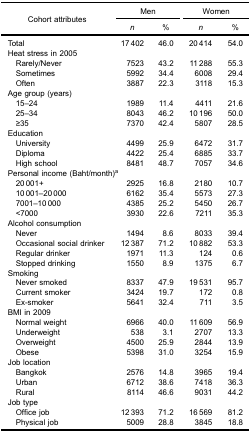
<table><thead><tr><td rowspan="3"><b>Cohort attributes</b></td><td colspan="2"><b>Men</b></td><td colspan="2"><b>Women</b></td></tr><tr><td><b><i>n</i></b></td><td><b>%</b></td><td><b><i>n</i></b></td><td><b>%</b></td></tr></thead><tbody><tr><td>Total</td><td>17 402</td><td>46.0</td><td>20 414</td><td>54.0</td></tr><tr><td>Heat stress in 2005</td><td> </td><td> </td><td> </td><td> </td></tr><tr><td> Rarely/Never</td><td>7523</td><td>43.2</td><td>11 288</td><td>55.3</td></tr><tr><td> Sometimes</td><td>5992</td><td>34.4</td><td>6008</td><td>29.4</td></tr><tr><td> Often</td><td>3887</td><td>22.3</td><td>3118</td><td>15.3</td></tr><tr><td>Age group (years)</td><td> </td><td> </td><td> </td><td> </td></tr><tr><td> 15–24</td><td>1989</td><td>11.4</td><td>4411</td><td>21.6</td></tr><tr><td> 25–34</td><td>8043</td><td>46.2</td><td>10 196</td><td>50.0</td></tr><tr><td> ≥35</td><td>7370</td><td>42.4</td><td>5807</td><td>28.5</td></tr><tr><td>Education</td><td> </td><td> </td><td> </td><td> </td></tr><tr><td> University</td><td>4499</td><td>25.9</td><td>6472</td><td>31.7</td></tr><tr><td> Diploma</td><td>4422</td><td>25.4</td><td>6885</td><td>33.7</td></tr><tr><td> High school</td><td>8481</td><td>48.7</td><td>7057</td><td>34.6</td></tr><tr><td colspan="3">Personal income (Baht/month)<sup>a</sup></td><td> </td><td> </td></tr><tr><td> 20 001+</td><td>2925</td><td>16.8</td><td>2180</td><td>10.7</td></tr><tr><td> 10 001–20 000</td><td>6162</td><td>35.4</td><td>5573</td><td>27.3</td></tr><tr><td> 7001–10 000</td><td>4385</td><td>25.2</td><td>5450</td><td>26.7</td></tr><tr><td> &lt;7000</td><td>3930</td><td>22.6</td><td>7211</td><td>35.3</td></tr><tr><td>Alcohol consumption</td><td> </td><td> </td><td> </td><td> </td></tr><tr><td> Never</td><td>1494</td><td>8.6</td><td>8033</td><td>39.4</td></tr><tr><td> Occasional social drinker</td><td>12 387</td><td>71.2</td><td>10 882</td><td>53.3</td></tr><tr><td> Regular drinker</td><td>1971</td><td>11.3</td><td>124</td><td>0.6</td></tr><tr><td> Stopped drinking</td><td>1550</td><td>8.9</td><td>1375</td><td>6.7</td></tr><tr><td>Smoking</td><td> </td><td> </td><td> </td><td> </td></tr><tr><td> Never smoked</td><td>8337</td><td>47.9</td><td>19 531</td><td>95.7</td></tr><tr><td> Current smoker</td><td>3424</td><td>19.7</td><td>172</td><td>0.8</td></tr><tr><td> Ex-smoker</td><td>5641</td><td>32.4</td><td>711</td><td>3.5</td></tr><tr><td>BMI in 2009</td><td> </td><td> </td><td> </td><td> </td></tr><tr><td> Normal weight</td><td>6966</td><td>40.0</td><td>11 609</td><td>56.9</td></tr><tr><td> Underweight</td><td>538</td><td>3.1</td><td>2707</td><td>13.3</td></tr><tr><td> Overweight</td><td>4500</td><td>25.9</td><td>2844</td><td>13.9</td></tr><tr><td> Obese</td><td>5398</td><td>31.0</td><td>3254</td><td>15.9</td></tr><tr><td>Job location</td><td> </td><td> </td><td> </td><td> </td></tr><tr><td> Bangkok</td><td>2576</td><td>14.8</td><td>3965</td><td>19.4</td></tr><tr><td> Urban</td><td>6712</td><td>38.6</td><td>7418</td><td>36.3</td></tr><tr><td> Rural</td><td>8114</td><td>46.6</td><td>9031</td><td>44.2</td></tr><tr><td>Job type</td><td> </td><td> </td><td> </td><td> </td></tr><tr><td> Office job</td><td>12 393</td><td>71.2</td><td>16 569</td><td>81.2</td></tr><tr><td> Physical job</td><td>5009</td><td>28.8</td><td>3845</td><td>18.8</td></tr></tbody></table>